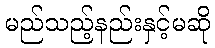
မည်သည့်နည်းနှင့်မဆို